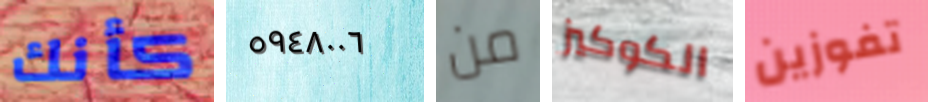
كأنك ٥٩٤٨٠٠٦ من الكوكيز تفوزين